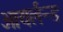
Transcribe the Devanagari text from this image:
आयर्लन्ड